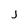
Character: j